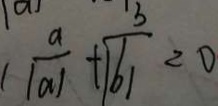
( \frac { a } { \vert a \vert } + \frac { b } { \vert b \vert } = 0